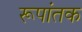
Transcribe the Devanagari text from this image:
रूपांतक